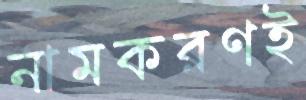
নামকরণই